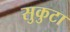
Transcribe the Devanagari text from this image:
सुकुटा